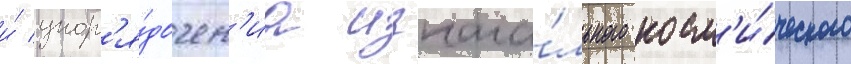
и́ упор'я́дочен'иа изнача́льного косм'и́ческого